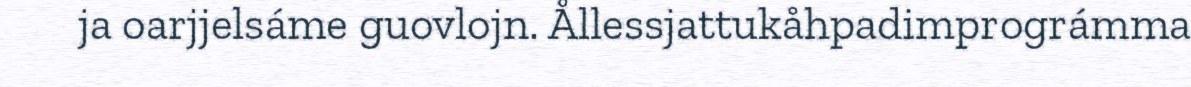
ja oarjjelsáme guovlojn. Ållessjattukåhpadimprográmma